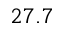
2 7 . 7